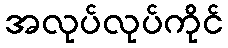
အလုပ်လုပ်ကိုင်